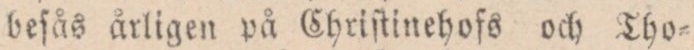
beſås årligen på Chriſtinehofs och Tho=